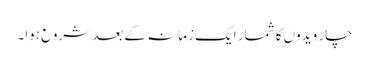
چار ویدوں کا شمار ایک زمانہ کے بعد شروع ہوا۔